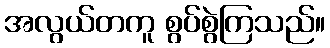
အလွယ်တကူ စွပ်စွဲကြသည်။